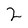
Character: 2